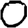
Digit: 0